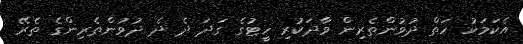
އެކަމަކު ހަތް ދުވުންތެރިން ވާދަކުރި ހީޓުގެ ގަދަ ދެ ދެ ދުވުންތެރިންގެ ތެރޭ